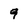
Character: 9